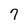
Character: 7